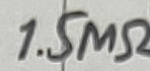
Text: 1.5MΩ